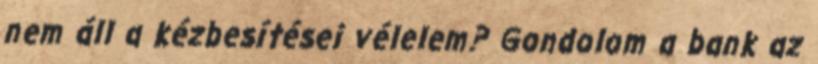
nem áll a kézbesítései vélelem? Gondolom a bank az